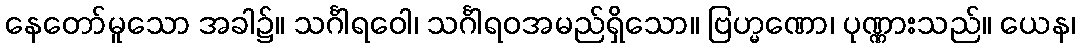
နေတော်မူသော အခါ၌။ သင်္ဂါရဝေါ၊ သင်္ဂါရဝအမည်ရှိသော။ ဗြဟ္မဏော၊ ပုဏ္ဏားသည်။ ယေန၊